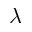
\lambda